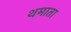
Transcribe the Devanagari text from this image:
थमाता